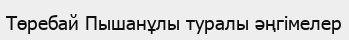
Төребай Пышанұлы туралы әңгімелер